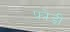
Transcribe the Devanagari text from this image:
फ़ोड़ी